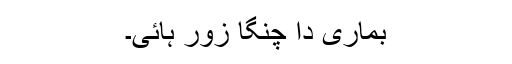
بِماری دا چنگا زور ہائی۔